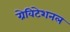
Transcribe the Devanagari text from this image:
ग्रेविटेशनल